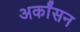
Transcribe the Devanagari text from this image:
अर्कांसन